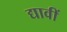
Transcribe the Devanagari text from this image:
द्यावीं